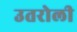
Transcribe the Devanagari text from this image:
उतरोली